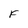
Character: f